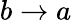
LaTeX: b\to a